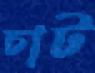
চাট